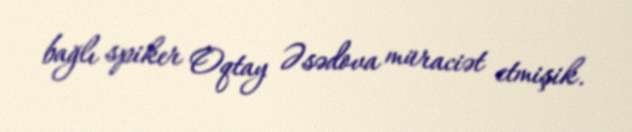
bağlı spiker Oqtay Əsədova müraciət etmişik.